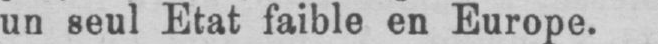
un seul Etat faible en Europe.